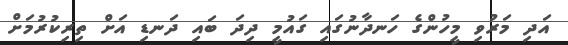
އަދި މަރުވި މީހުންގެ ހަނދާނުގައި ގައުމީ ދިދަ ބައި ދަނޑި އަށް ތިރިކުރުމަށް